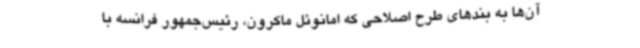
آن‌ها به بندهای طرح اصلاحی که امانوئل ماکرون، رئیس‌جمهور فرانسه با